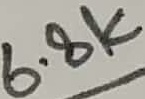
Text: 6.8K